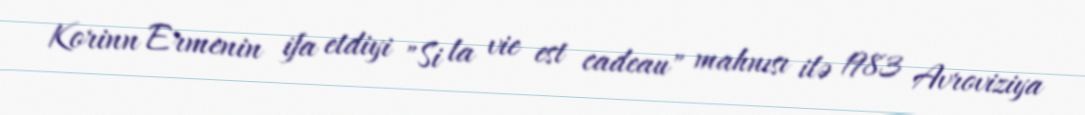
Korinn Ermenin ifa etdiyi "Si la vie est cadeau" mahnısı ilə 1983 Avroviziya